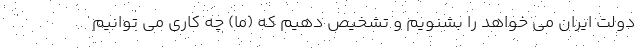
دولت ایران می خواهد را بشنویم و تشخیص دهیم که (ما) چه کاری می توانیم